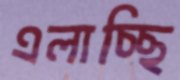
এলাচ্ছি